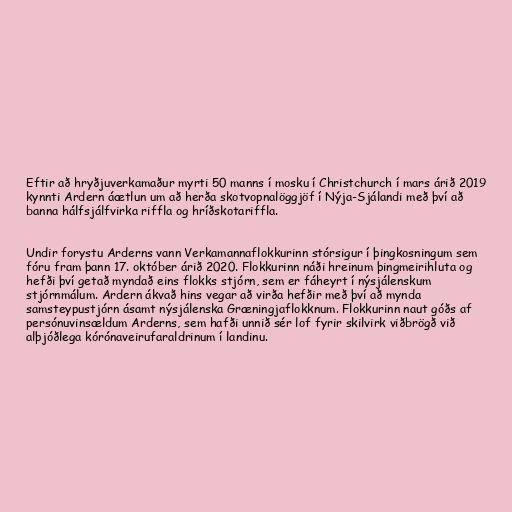
Eftir að hryðjuverkamaður myrti 50 manns í mosku í Christchurch í mars árið 2019
kynnti Ardern áætlun um að herða skotvopnalöggjöf í Nýja-Sjálandi með því að
banna hálfsjálfvirka riffla og hríðskotariffla.

Undir forystu Arderns vann Verkamannaflokkurinn stórsigur í þingkosningum sem
fóru fram þann 17. október árið 2020. Flokkurinn náði hreinum þingmeirihluta og
hefði því getað myndað eins flokks stjórn, sem er fáheyrt í nýsjálenskum
stjórnmálum. Ardern ákvað hins vegar að virða hefðir með því að mynda
samsteypustjórn ásamt nýsjálenska Græningjaflokknum. Flokkurinn naut góðs af
persónuvinsældum Arderns, sem hafði unnið sér lof fyrir skilvirk viðbrögð við
alþjóðlega kórónaveirufaraldrinum í landinu.